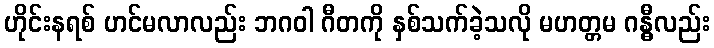
ဟိုင်းနရစ် ဟင်မလာလည်း ဘဂဝါ ဂီတကို နှစ်သက်ခဲ့သလို မဟတ္တမ ဂန္ဓီလည်း